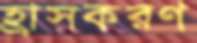
হ্রাসকরণ